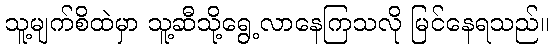
သူ့မျက်စိထဲမှာ သူ့ဆီသို့ရွေ့လာနေကြသလို မြင်နေရသည်။